Vaccination in Burma 1900-1911 - 1900-1911
Year: 1900
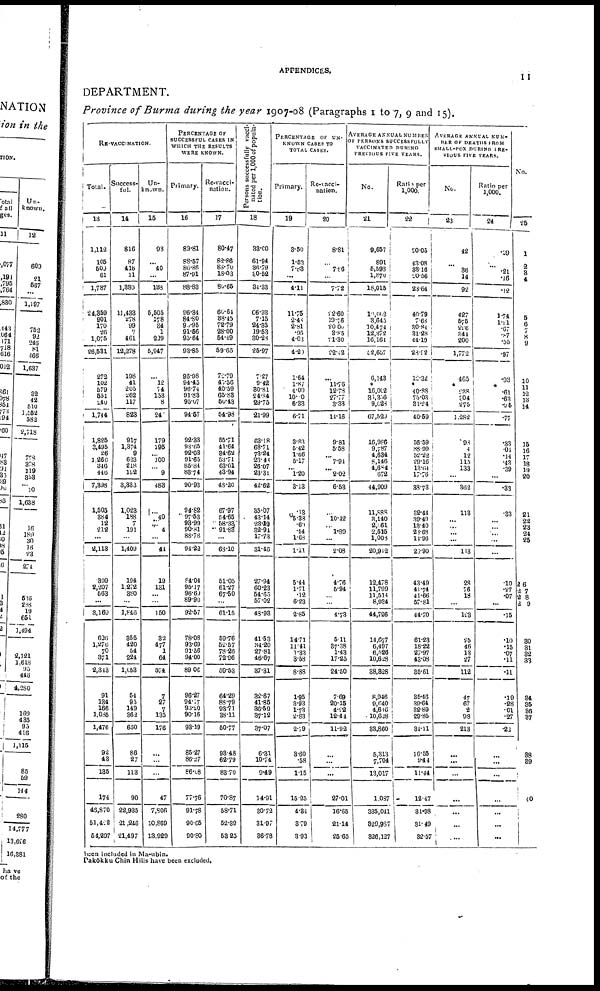
APPENDICES. 11
DEPARTMENT.
Province of Burma during the year 1907-08 (Paragraphs 1 to 7, 9 and 15).
RE-VACCINATION.
Total.
13
Success-
ful.
14
Un-
known.
15
PERCENTAGE OF
SUCCESSFUL CASES IN
WHICH THE RESULTS
WERE KNOWN.
Primary.
16
Re-vacci-
nation.
17
Persons successfully vacci-
nated per 1,000 of popula-
tion.
18
PERCENTAGE OF UN-
KNOWN CASES TO
TOTAL CASES.
Primary.
19
Re-vacci-
nation.
20
AVERAGE ANNUAL NUMBER
OF PERSONS SUCCESSFULLY
VACCINATED DURING
PREVIOUS FIVE YEARS.
No.
21
Ratio per
1,000.
22
AVERAGE ANNUAL NUM-
BER OF DEATHS FROM
SMALL-POX DURING PRE-
VIOUS FIVE YEARS.
No.
23
Ratio per
1,000.
24
No.
25
1,112
105
509
61
1,787
24,359
901
170
26
1,076
26,531
273
102
579
551
240
1,714
1,825
3,495
26
1,260
810
446
7,398
1,503
384
12
212
...
2,1133
399
2,207
563
...
3,169
626
1,276
70
371
2,343
91
184
166
1,085
1,476
92
43
135
174
43,870
51,422
54,297
816
87
416
11
1,330
11,433
278
99
7
461
12,278
198
41
205
262
117
823
917
1,374
9
623
218
192
3,333
1,023
188
7
191
...
1,409
194
1,272
380
...
l,846
355
420
54
224
1,053
51
93
149
362
650
86
27
113
90
22,935
21,246
21,497
93
...
40
...
183
5,505
178
34
1
229
5,947
...
12
74
153
8
24
179
195
... 100
... 9
488
...
40
... 4
...
41
19
131
...
...
150
32
477
1
64
574
7
27
7
135
176
...
...
...
47
7,806
10,869
13,929
83.81
88.57
86.86
87.01
88.83
96.34
84.80
95.95
91.66
95.64
93.85
96.98
94.45
96.74
91.83
95.07
94.67
92.33
93.65
92.03
91.65
85.81
83.74
90.93
94.82
97.53
93.99
90.81
88.78
94.22
84.04
95.17
96.60
89.90
92.57
78.08
93.69
91.56
94.00
89.06
96.27
94.77
93.20
90.16
93.19
86.27
86.27
86.08
77.76
91.78
90.65
90.80
80.47
82.86
88.70
18.03
80.65
60.61
88.45
72.79
28.00
54.49
69.65
72.79
45.56
40.59
65.83
50.43
54.98
55.71
41.64
34.62
53.71
63.01
43.94
48.20
67.97
54.65
58.33
91.88
...
68.10
51.05
61.27
67.50
...
61.15
59.76
52.57
78.26
72.96
59.53
64.29
88.79
93.71
38.11
50.77
98.48
62.79
83.70
70.87
58.71
52.39
58.25
33.00
61.94
36.79
80.52
31.33
66.93
7.15
24.35
19.53
30.23
25.97
7.27
9.42
80.81
24.34
29.75
21.99
63.18
68.71
73.24
23.43
26.07
23.31
42.62
85.07
43.14
23.19
32.91
17.73
31.46
27.94
60.23
54.65
57.02
48.93
41.53
34.20
27.81
46.67
37.31
32.67
41.85
36.59
87.12
37.07
6.31
10.74
9.49
14.91
80.72
31.97
36.78
3.50
1.53
7.83
...
4.11
11.75
2.45
2.81
.95
4.03
4.20
1.64
1.87
4.00
10.50
6.33
6.71
3.83
5.42
1.66
5.17
... 1.20
3.13
.13
05.33
.60
.54
1.63
1.11
5.44
1.71
.12
6.23
2.85
14.71
11.41
1.33
3.63
8.88
1.95
8.93
1.73
2.83
2.79
3.60
.58
1.15
15.25
4.34
3.79
3.93
8.81
...
7.86
...
7.72
22.60
19.76
20.00
3.85
91.30
22.42
...
11.76
12.73
27.77
3.33
11.16
9.81
5.58
... 7.91
... 2.02
6.53
...
10.12
... 1.89
...
2.08
4.76
5.94
...
...
4.73
5.11
37.38
1.43
17.25
24.50
7.69
20.15
4.22
12.41
11.92
...
...
...
27.01
16.65
21.14
25.65
9,657
891
5,593
1,870
18,015
10,002
3,645
10,474
12,372
16,164
52,657
6,143
*
16,002
36,356
9,023
67,520
16,986
9,787
4,634
8,146
4,684
672
44,909
11,888
3,140
2,261
2,515
1,003
20,912
12,478
11,799
11,514
8,934
44,726
14,677
6,497
6,526
10,628
38,828
8,946
9,640
4,646
10,628
83,860
5,313
7,704
13,017
1,087
335,041
829,937
826,127
20.05
43.08
33.16
20.56
24.64
40.79
7.63
30.81
31.23
44.19
28.92
12.32
* 40.88
75.03
31.24
40.59
56.59
88.99
52.22
29.16
13.64
17.76
38.73
32.44
39.49
13.40
23.63
14.96
23.90
43.49
41.74
41.66
57.81
44.70
61.23
18.22
27.97
43.08
35.61
35.46
39.64
82.89
29.85
31.11
16.55
9.44
11.44
12.47
31.98
31.49
32.57
42
...
36
14
92
427
575
226
341
200
1,772
465
*
228
304
275
1,282
93
4
12
115
133
...
36.2
113
...
... ...
...
113
28
76
18
...
123
25
46
13
27
112
47
67
2
98
213
...
...
...
...
...
...
...
.99
...
.21
.16
.12
1.74
l.21
.67
.87
.55
.97
.93
*
.61
.63
.95
.77
.33
.04
.14
.43
.39
...
.33
.33
...
...
...
...
...
.10
.27
.07
...
.15
.10
.16
.07
.11
.11
.19
.28
01
.27
.22
...
...
...
...
...
...
...
1
2
3
4
5
6
7
8
9
10
11
12
13
14
15
16
17
18
19
20
21
22
23
24
25
2.6
2.7
2.8
2.9
30
31
32
33
34
35
36
37
38
89
40
...
...
...
been included in Ma-ubin.
Pakôkku Chin Hills have been excluded.